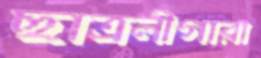
ছাত্রলীগারা